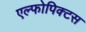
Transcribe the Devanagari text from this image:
एल्फोपिक्टस